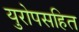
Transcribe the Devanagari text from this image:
युरोपसहित